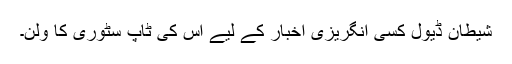
شیطان ڈیول کسی انگریزی اخبار کے لیے اُس کی ٹاپ سٹوری کا وِلن۔